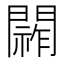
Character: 𮤞